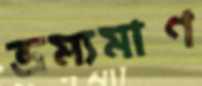
ভ্রম্যমাণ